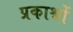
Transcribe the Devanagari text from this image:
प्रकाश्नों